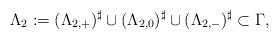
LaTeX: \begin{align*}\Lambda_2 := (\Lambda_{2,+})^{\sharp} \cup (\Lambda_{2,0})^{\sharp} \cup (\Lambda_{2,-})^{\sharp} \subset \Gamma,\end{align*}